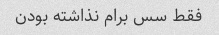
فقط سس برام نذاشته بودن